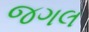
જગલ